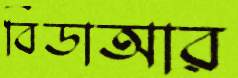
বিডাআর